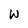
Character: W